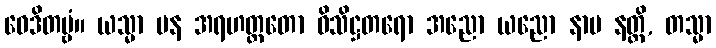
ဝေဒိတဗ္ဗံ။ ယသ္မာ ပန အရဟတ္တတော ဝိသိဋ္ဌတရော အညော ယညော နာမ နတ္ထိ, တသ္မာ